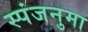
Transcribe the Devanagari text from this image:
स्पंजनुमा